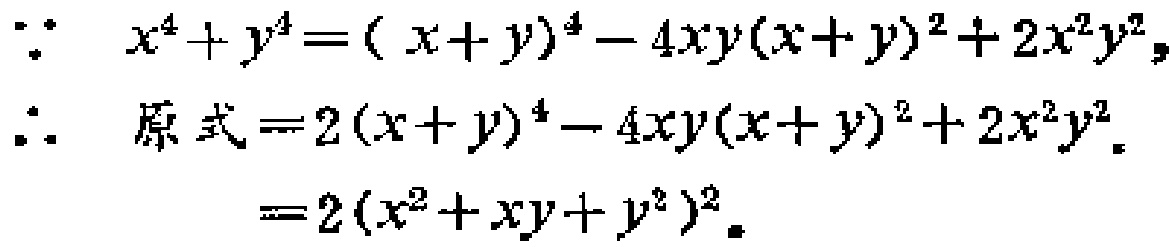
\[

\begin{align*}

&\because x^{4}+y^{4}=(x + y)^{4}-4xy(x + y)^{2}+2x^{2}y^{2},\\

&\therefore 原式 = 2(x + y)^{4}-4xy(x + y)^{2}+2x^{2}y^{2}\\

&\ \ \ \ \ \ \ \ \ =2(x^{2}+xy + y^{2})^{2}.

\end{align*}

\]